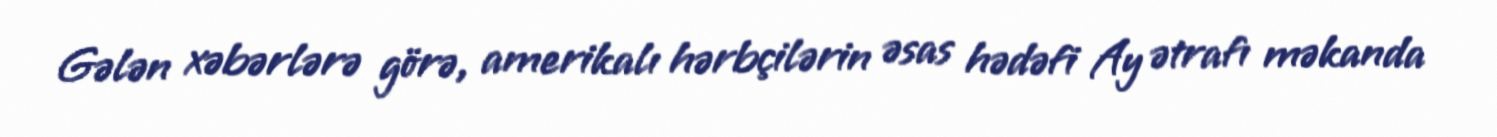
Gələn xəbərlərə görə, amerikalı hərbçilərin əsas hədəfi Ay ətrafı məkanda